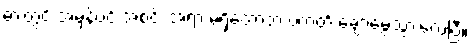
ဓားတွင် အမှန်ပင် အစင်း အရာ မရှိတော့ဘဲ ပကတိ ချောမွေ့သွားလေပြီ။